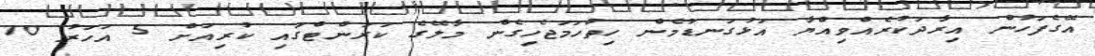
އޭގެފަހުން އިރާދަކުރެއްވިއްޔާ އަޅުގަނޑުމެން ހިތްހަމަޖެހިގެން މާލޭގެ ކަރަންޓްގައި ކުރިއަށް 5 އަހަރު 10